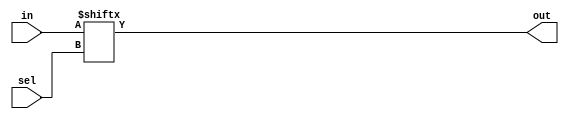
module Mux(
	input [1:0] in,
	input sel,
	output out
);

assign out = in[sel];

endmodule